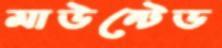
মাউন্টেড